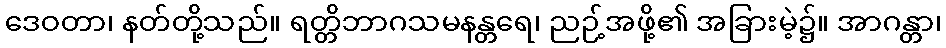
ဒေဝတာ၊ နတ်တို့သည်။ ရတ္တိဘာဂသမနန္တရေ၊ ညဉ့်အဖို့၏ အခြားမဲ့၌။ အာဂန္တာ၊